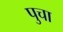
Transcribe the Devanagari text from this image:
पुचा